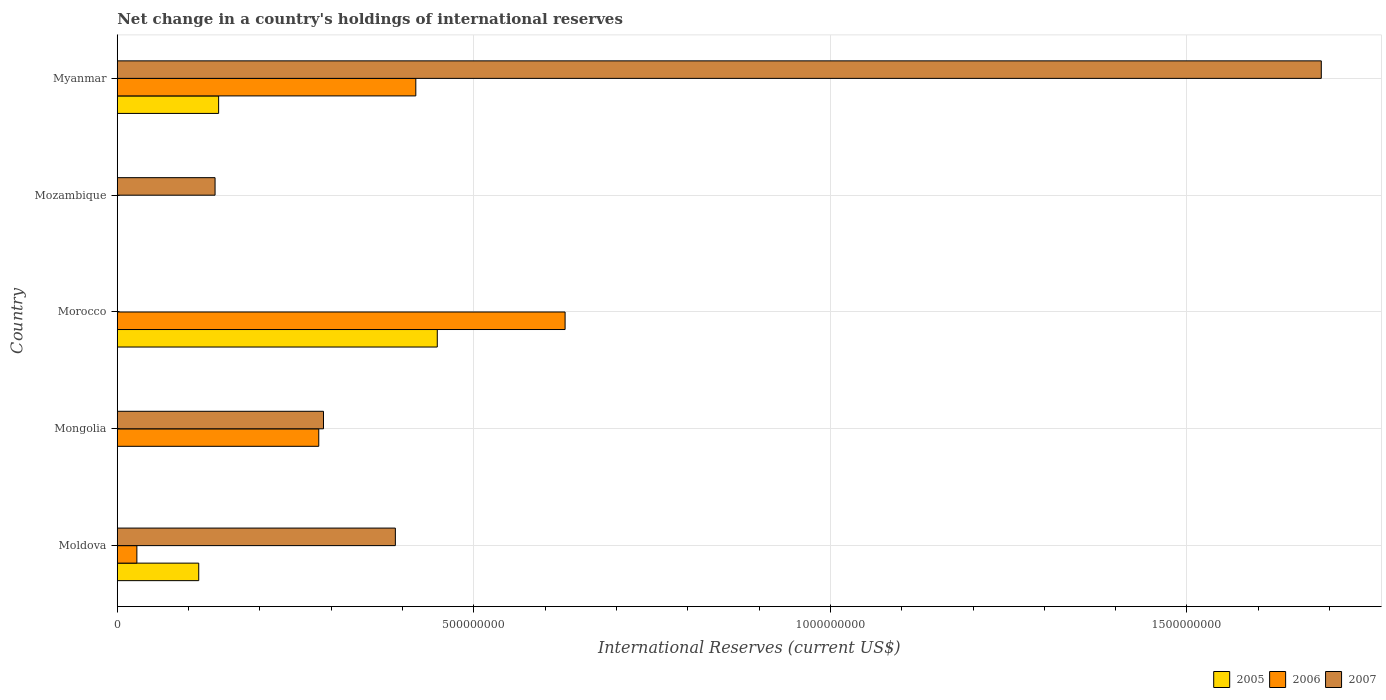
| Country | 2005 | 2006 | 2007 |
 | --- | --- | --- | --- |
 | Moldova | 1.14e+08 | 2.75e+07 | 3.9e+08 |
 | Mongolia | -3.44e+07 | 2.83e+08 | 2.89e+08 |
 | Morocco | 4.49e+08 | 6.28e+08 | -8.4e+08 |
 | Mozambique | -1.97e+08 | -1.64e+09 | 1.37e+08 |
 | Myanmar | 1.42e+08 | 4.19e+08 | 1.69e+09 |